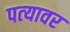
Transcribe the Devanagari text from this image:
पत्‍यावर